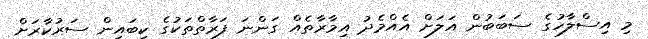
މި އިސްލާހުގެ ސަބަބުން އަލަށް އެއްމެދު އިމާރާތެއް ގަންނަ ފަރާތްތަކުގެ ކިބައިން ސަރުކާރަށް